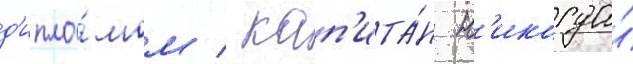
д'ипло́мом / кап'ита́н н'икогда́